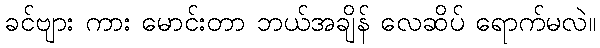
ခင်ဗျား ကား မောင်းတာ ဘယ်အချိန် လေဆိပ် ရောက်မလဲ။